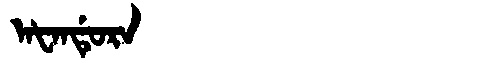
Manchu: ᠠᡶᠠᠨᡩᡠᡵᠠ
Romanization: AFANDURA